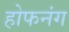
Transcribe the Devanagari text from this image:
होफनंग